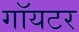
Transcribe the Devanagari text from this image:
गॉयटर